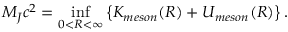
M _ { J } c ^ { 2 } = \operatorname * { i n f } _ { 0 < R < \infty } \left\{ K _ { m e s o n } ( R ) + U _ { m e s o n } ( R ) \right\} .